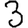
Digit: 3